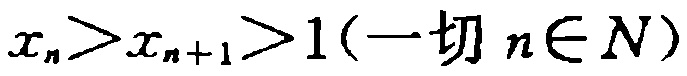
$x_{n}>x_{n + 1}>1(\text{一切 }n\in N)$